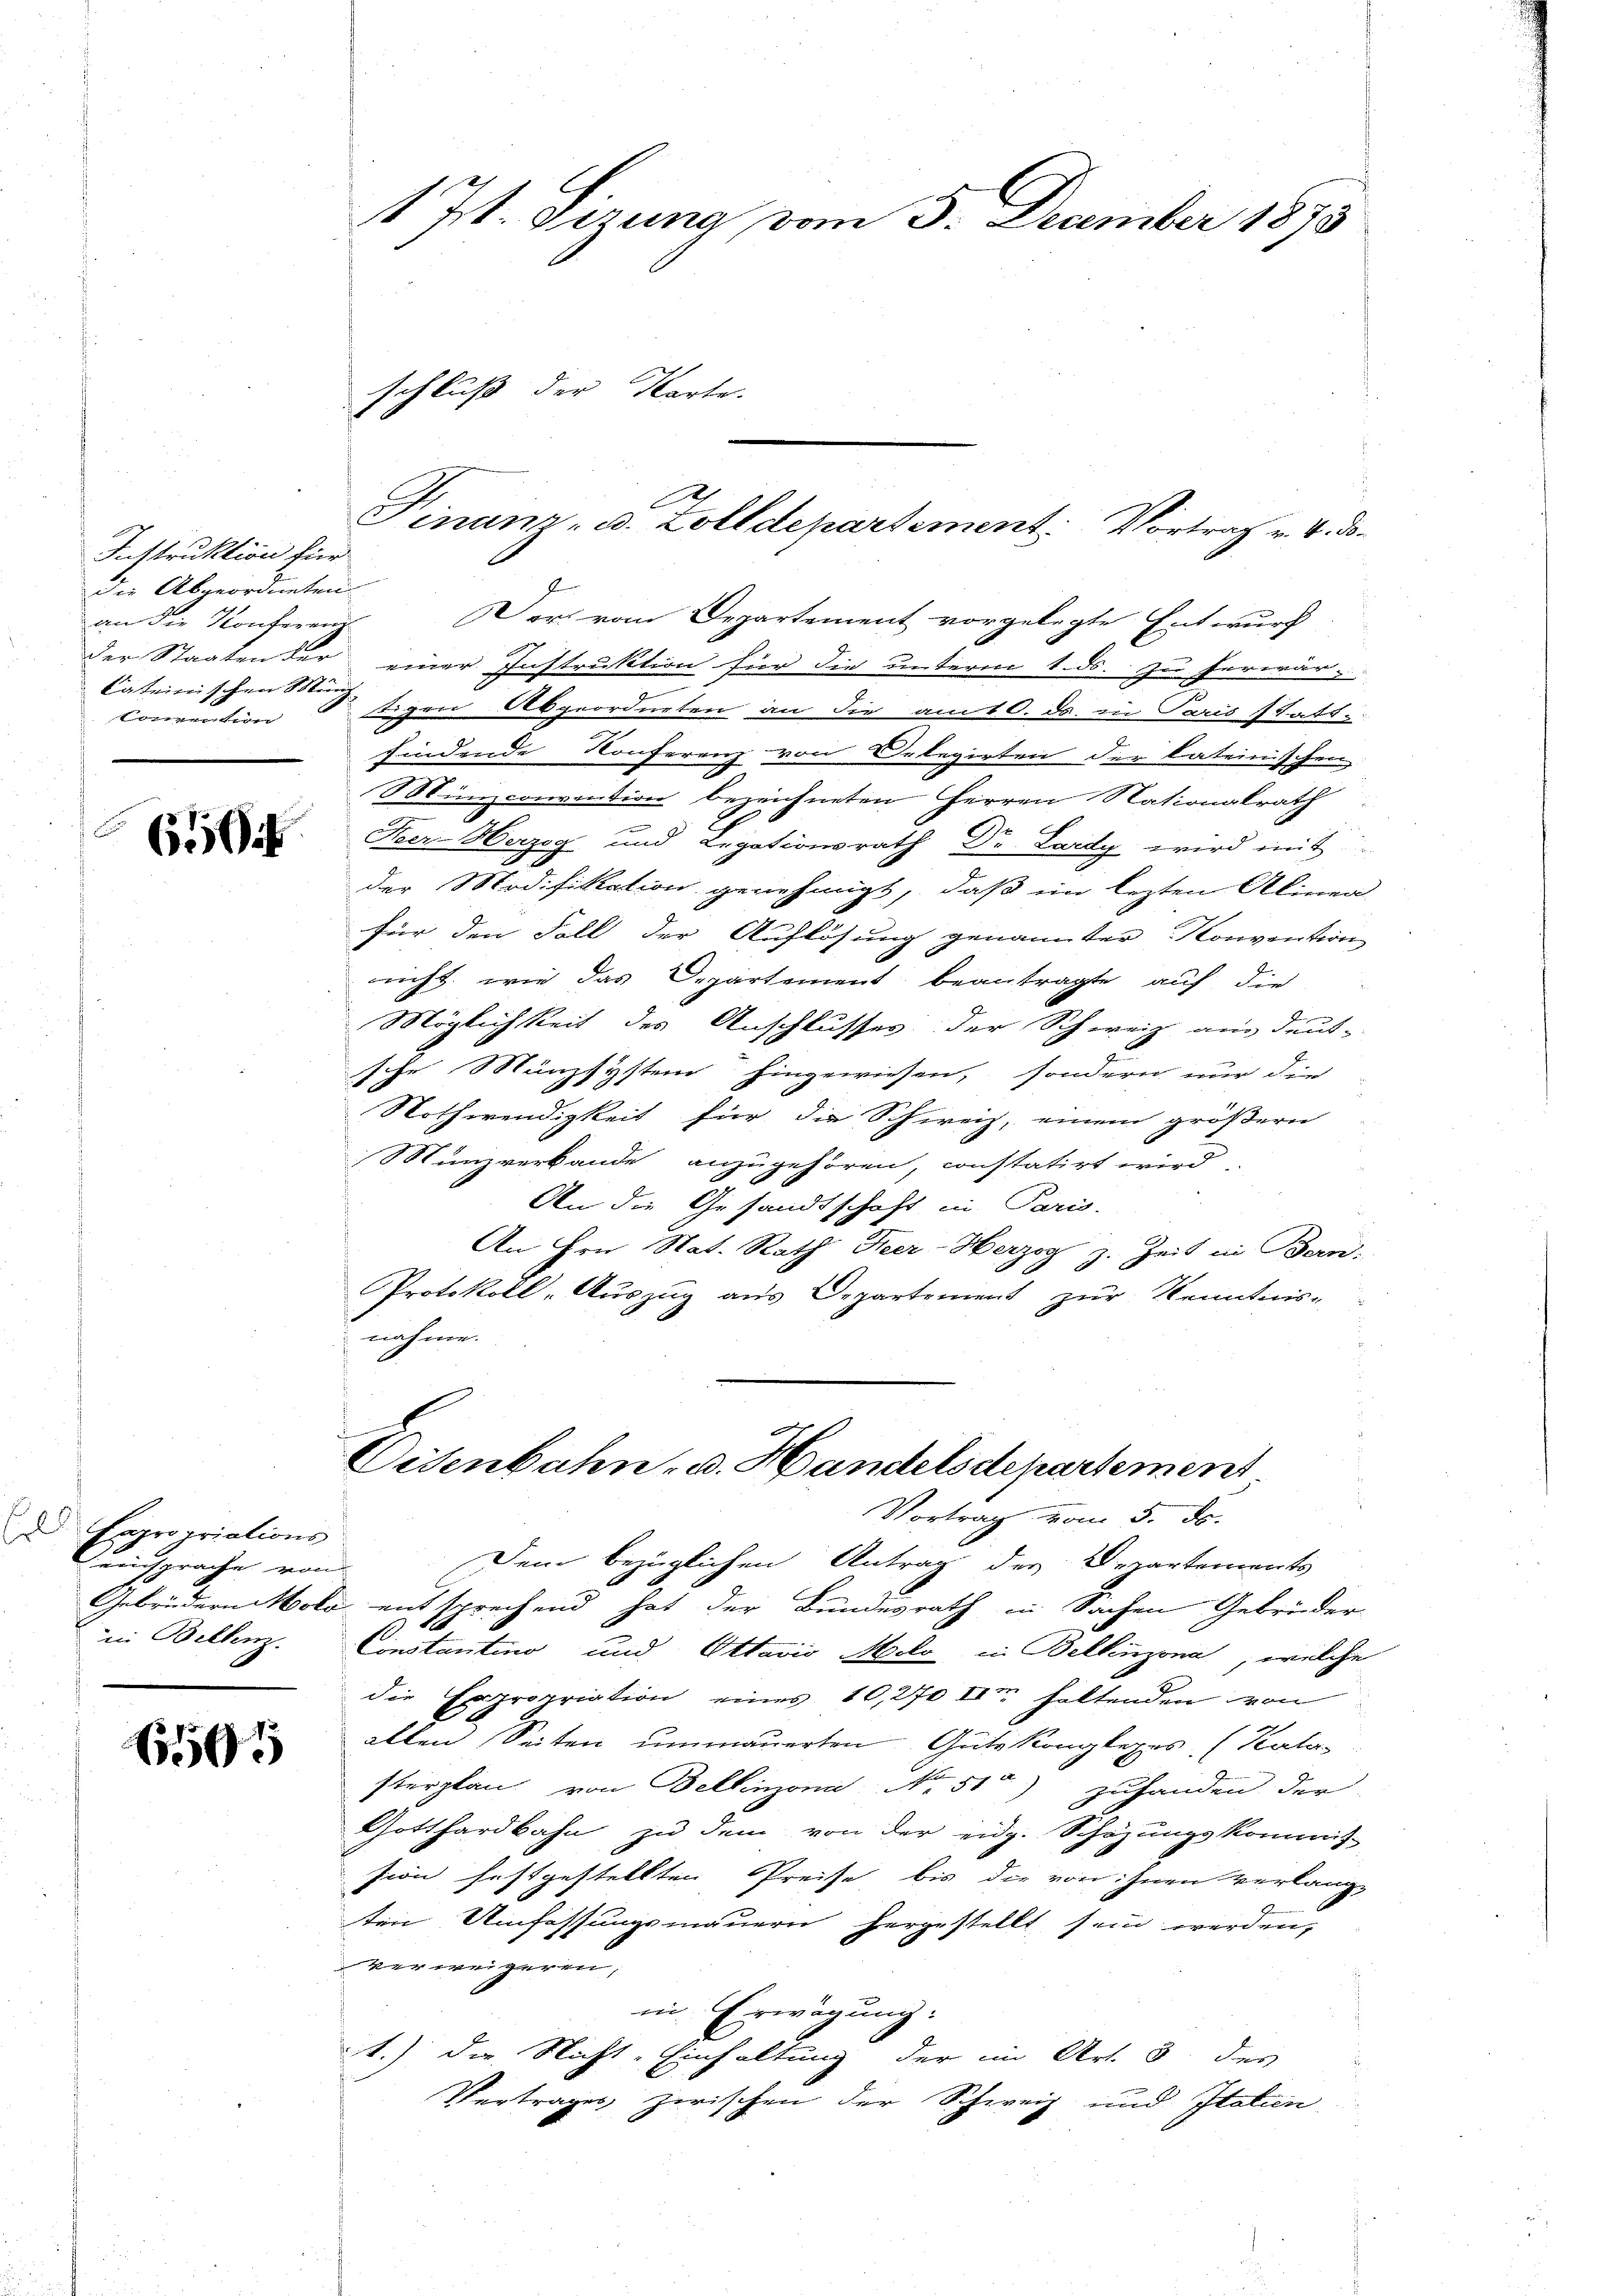
Instruktion für
die Abgeordneten.
an die Konferenz
Cateinischen Münz
Convention

650

d Expropriations
in Bellenz.

165

Der vom Departement vorgelegte Entwurf
der Staaten der einer Instruktion für die unterm 1. ds. zu herwär-
|
digen Abgeordneten an die am 10. ds. in Paris 144.
findende Konferenz von Delegirten der lateinischen
Münzconvention bezeichneten Herren Nationalrath
Heer Herzog und Legationsrath Dr. Lardy wird mit
der Modifikation genehmigt, daß ein lezten Alinea-
für den Fall der Auflösung genannter Konvention
nicht, wie das Departement beantragte auf die
Möglichkeit des Anschlusses der Schweiz aus deut-
sche Mänzsystem hingewiesen, sondern nur die
Nothwendigkeit für die Schweiz, einem größern
Münzverbande anzugehören, constatirt wird
An die Gesandtschaft in Paris.
An Hrn. Nat. Rath Heer-Herzog z. Zeit in Bern:
Protokoll-Auszug aus Departement zur Kenntnis-
nahme.
e

1 J. dirung vom 5. December 1873

schluß der Karte.

Finanz- u. Zolldepartement. Vortrag v. 4. ds.

Eisenbahn- u. Handelsdepartement

Vortrag vom 5. ds.
eisprache von Dem bezüglichen Antrag der Departements
Gebrüdern Molo entsprechend hat der Bundesrath in Sachen Gebrüder
1
Constantino und Ottavis Melo in Bellinzona, welche
die Expropriation eines 10,270 Im haltenden von
allen Seiten unmauerten Gute Kongleges. (Kater
sterplan von Bellinzona No. 51) zuhanden der
Gotthardbahn zu dem von der eidg. Schazungskommis-
sion festgestellten Preise bis die von Inen Verlange
ten Umfassungsmauern hergestellt sein werden,
verweigeren,
in Erwägung:
1.) Die Nicht-Einhaltung der im Art. 3 des
Vertrages zwischen der Schweiz und Italien